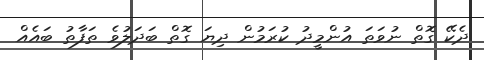
ދެކޭ ގޮތް ނުވަތަ އުންމީދު ކުރަމުން ދިޔަ ގޮތް ބަދަލުވެ ތަފާތު ބައެއް